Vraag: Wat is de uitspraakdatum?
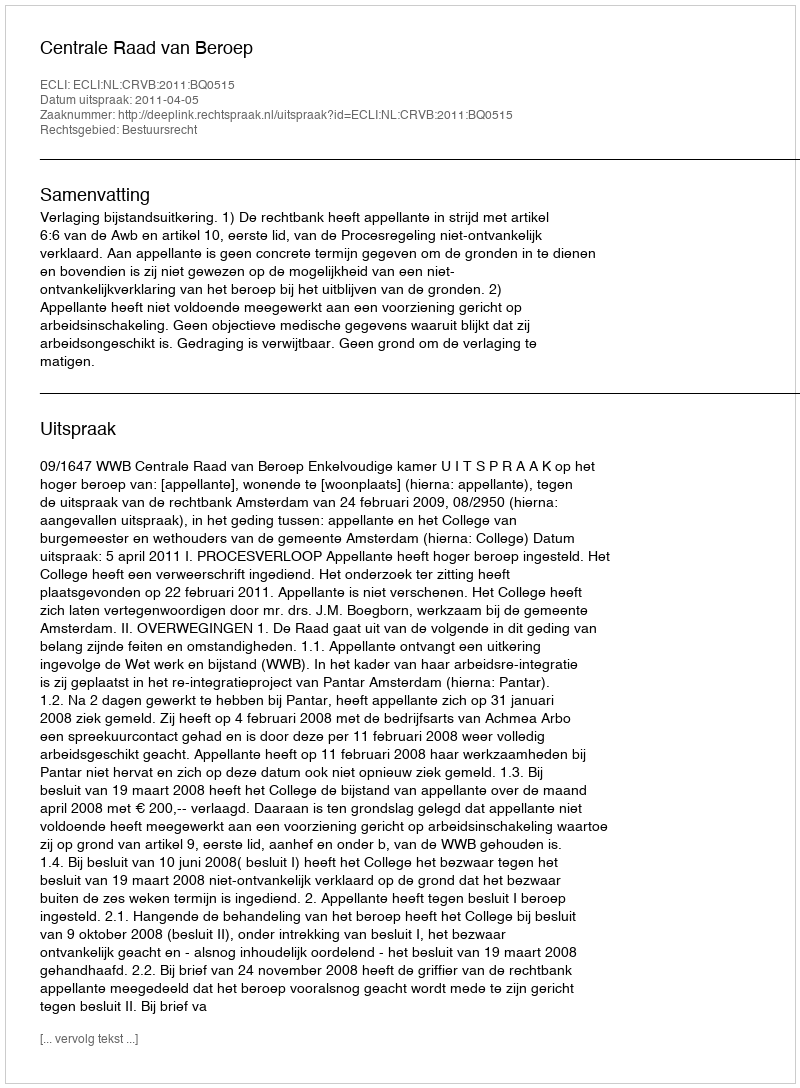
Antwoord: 2011-04-05